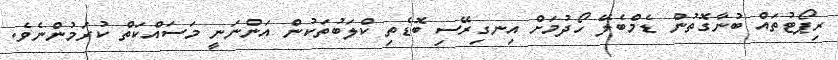
ރިޕޯޓުތައް ބުނާގޮތުން ޑެމްބެލޭ ހޯދުމަށް އިނގިރޭސި ބޮޑެތި ކްލަބުތަކުން އަންނަނީ މަސައްކަތް ކުރަމުންނެވެ.